Tartu_linnavalitsus, lk 6
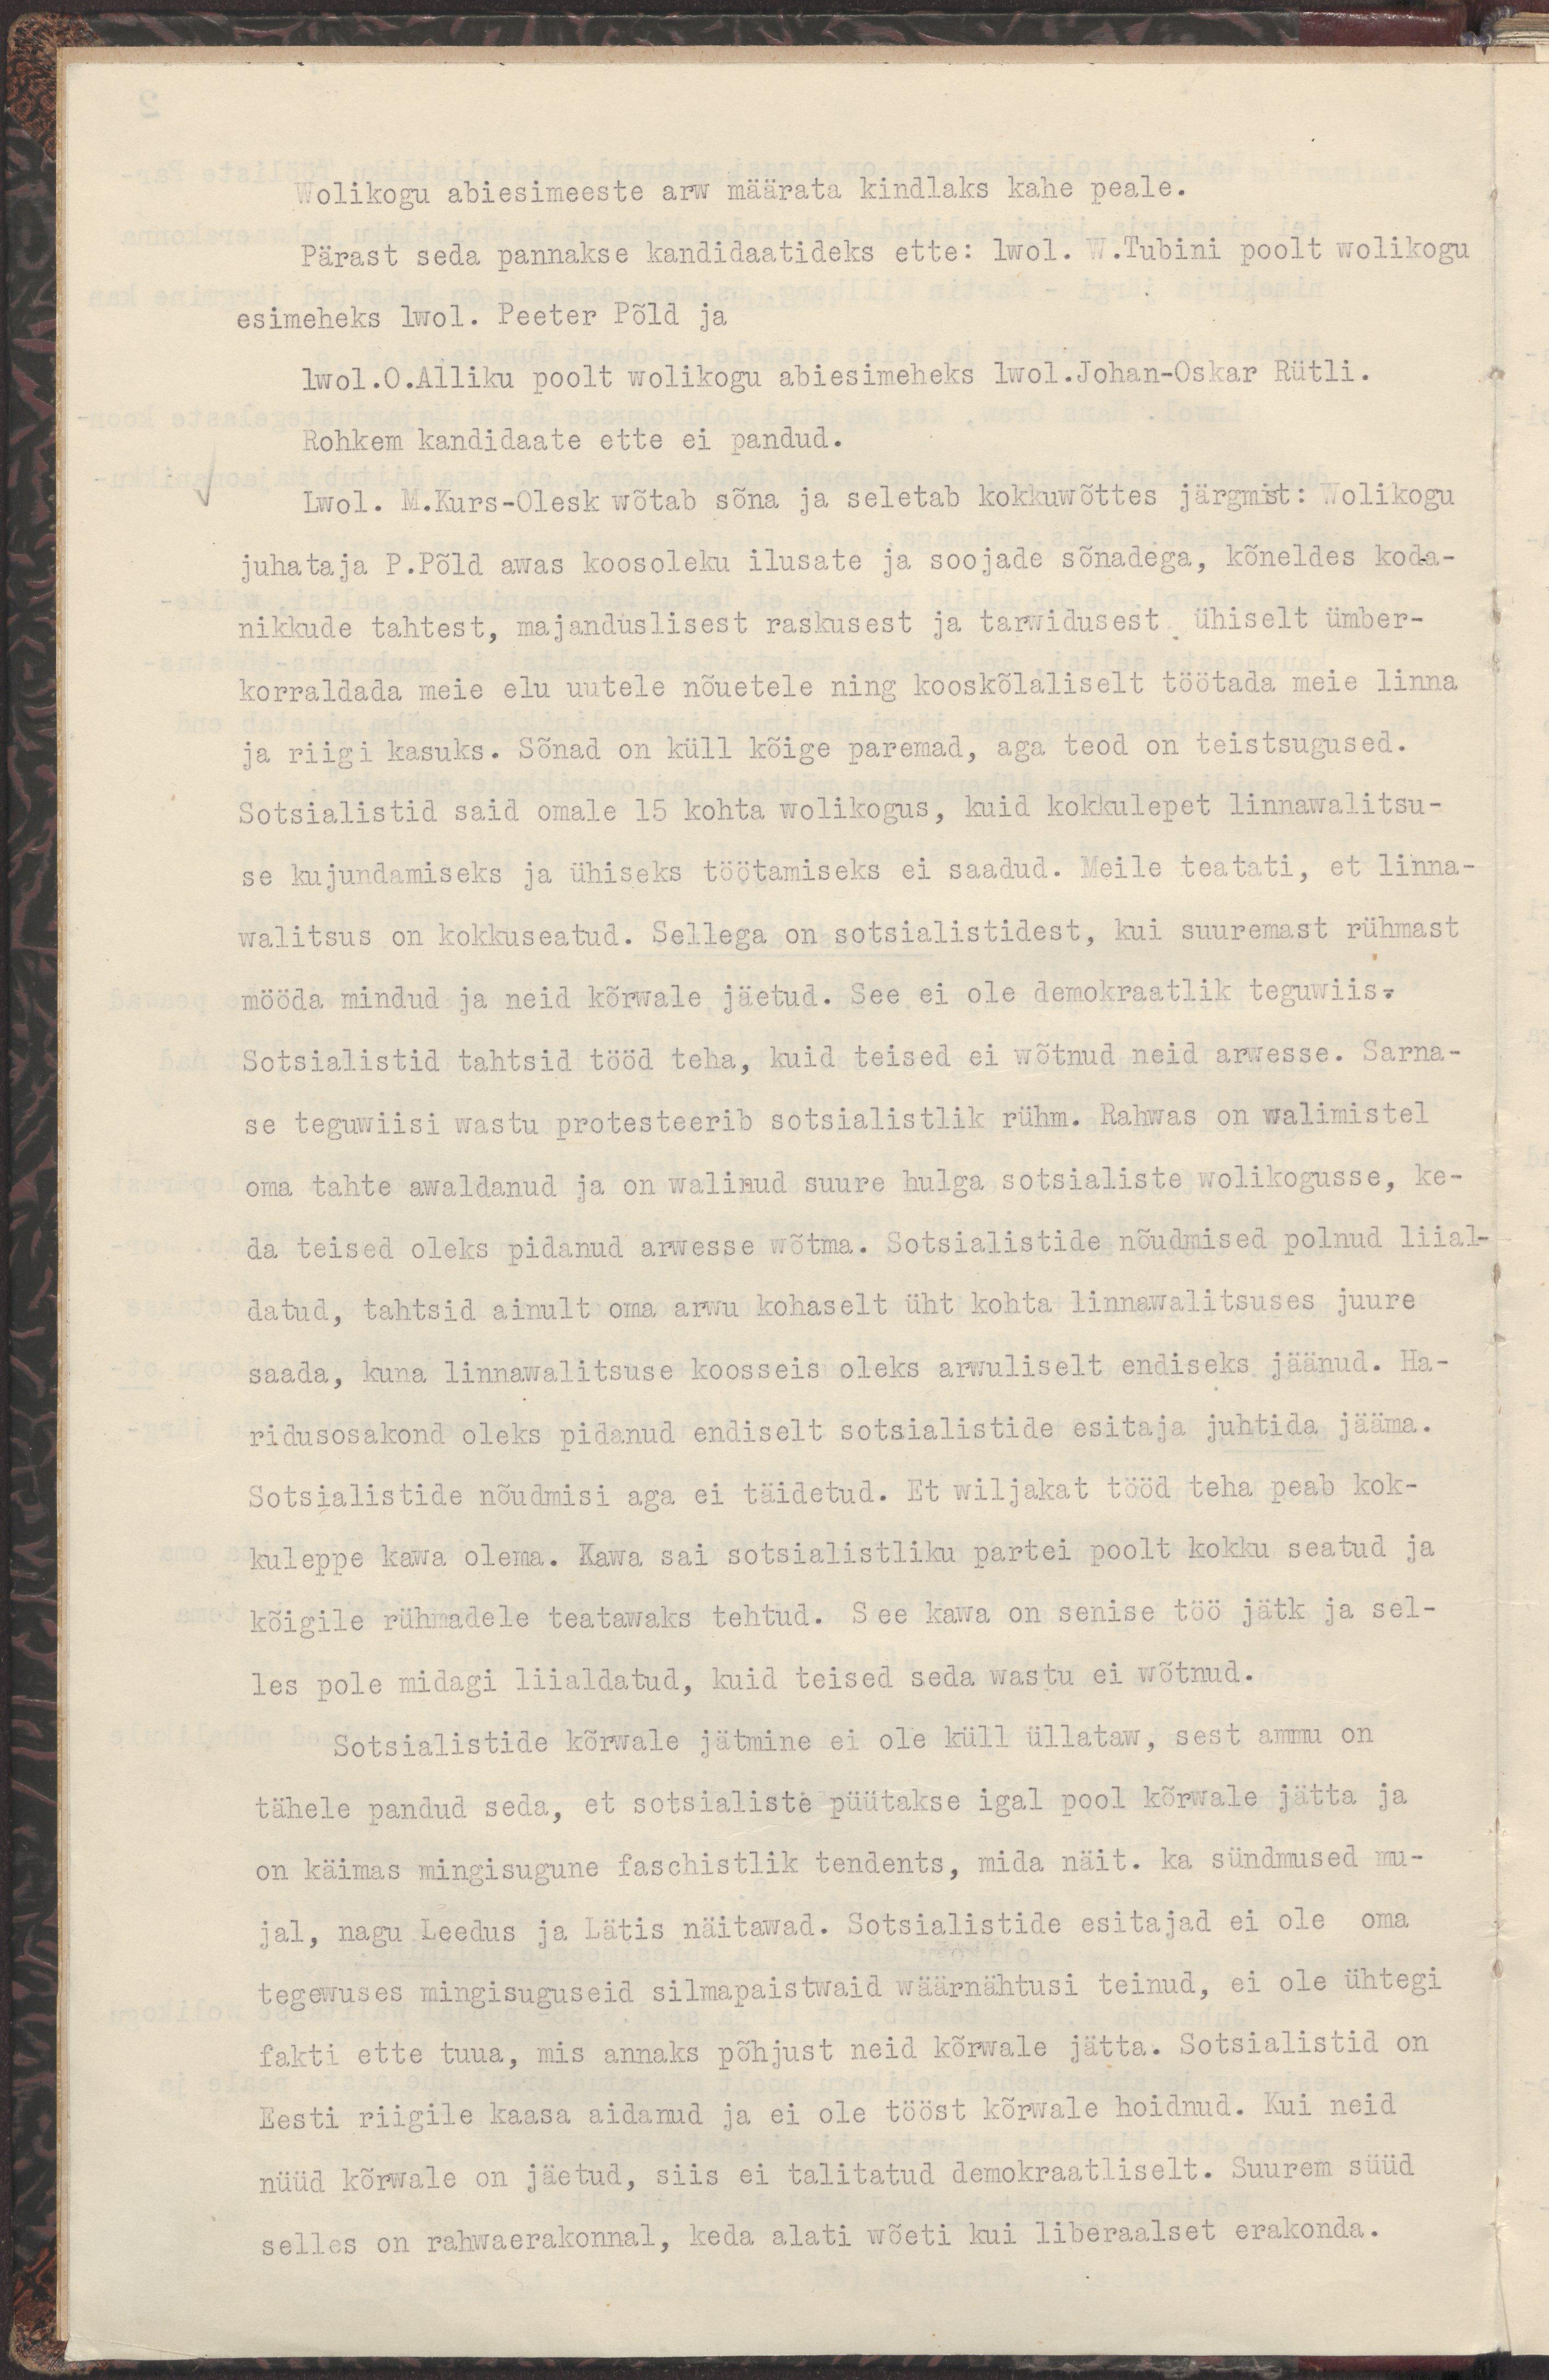
Wolikogu abiesimeeste arw määrata kindlaks kahe peale.
Pärast seda pannakse kandidaatideks ette: lwol. W.Tubini poolt wolikogu
esimeheks lwol. Peeter Põld ja
lwol. O.Alliku poolt wolikogu abiesimeheks lwol.Johan-Oskar Rütli.
Rohkem kandidaate ette ei pandud.
Lwol. M.Kurs-Olesk wõtab sõna ja seletab kokkuwõttes järgmist: Wolikogu
juhataja P.Põld awas koosoleku ilusate ja soojade sõnadega, kõneldes koda-
nikkude tahtest, majanduslisest raskusest ja tarwidusest ühiselt ümber-
korraldada meie elu uutele nõuetele ning kooskõlaliselt töötada meie linna
ja riigi kasuks. Sõnad on küll kõige paremad, aga teod on teistsugused.
Sotsialistid said omale 15 kohta wolikogus, kuid kokkulepet linnawalitsu-
se kujundamiseks ja ühiseks töötamiseks ei saadud. Meile teatati, et linna-
walitsus on kokkuseatud. Sellega on sotsialistidest, kui suuremast rühmast
mööda mindud ja neid kõrwale jäetud. See ei ole demokraatlik teguwiis.
Sotsialistid tahtsid tööd teha, kuid teised ei wõtnud neid arwesse. Sarna-
se teguwiisi wastu protesteerib sotsialistlik rühm. Rahwas on walimistel
oma tahte awaldanud ja on walinud suure hulga sotsialiste wolikogusse, ke-
da teised oleks pidanud arwesse wõtma. Sotsialistide nõudmised polnud liial-
datud, tahtsid ainult oma arwu kohaselt üht kohta linnawalitsuses juure
saada, kuna linnawalitsuse koosseis oleks arwuliselt endiseks jäänud. Ha-
ridusosakond oleks pidanud endiselt sotsialistide esitaja juhtida jääma.
Sotsialistide nõudmisi aga ei täidetud. Et wiljakat tööd teha peab kok-
kuleppe kawa olema. Kawa sai sotsialistliku partei poolt kokku seatud ja
kõigile rühmadele teatawaks tehtud. See kawa on senise töö jätk ja sel-
les pole midagi liialdatud, kuid teised seda wastu ei wõtnud.
Sotsialistide kõrwale jätmine ei ole küll üllataw, sest ammu on
tähele pandud seda, et sotsialiste püütakse igal pool kõrwale jätta ja
on käimas mingisugune faschistlik tendents, mida näit. ka sündmused mu-
jal, nagu Leedus ja Lätis näitawad. Sotsialistide esitajad ei ole oma
tegewuses mingisuguseid silmapaistwaid wäärnähtusi teinud, ei ole ühtegi
fakti ette tuua, mis annaks põhjust neid kõrwale jätta. Sotsialistid on
Eesti riigile kaasa aidanud ja ei ole tööst kõrwale hoidnud. Kui neid
nüüd kõrwale on jäetud, siis ei talitatud demokraatliselt. Suurem süüd
selles on rahwaerakonnal, keda alati wõeti kui liberaalset erakonda.